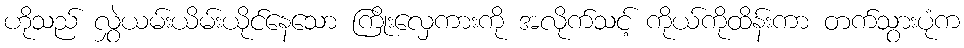
ဟိုသည် လွှဲယမ်းယိမ်းယိုင်နေသော ကြိုးလှေကားကို အလိုက်သင့် ကိုယ်ကိုထိန်းကာ တက်သွားပုံက